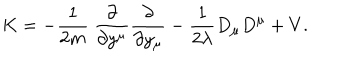
\mathrm { K } = - \frac { 1 } { 2 m } \ \frac { \partial } { \partial y ^ { \mu } } \frac { \partial } { \partial y _ { \mu } } - \frac { 1 } { 2 \lambda } D _ { \mu } D ^ { \mu } + V .